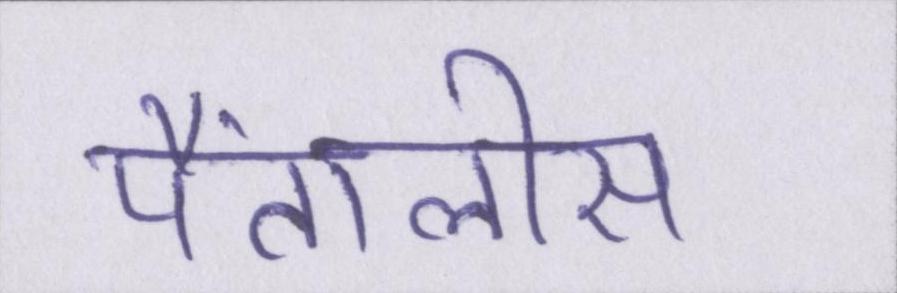
पैंतालीस